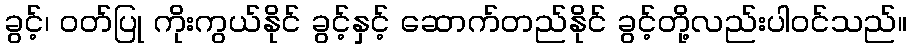
ခွင့်၊ ဝတ်ပြု ကိုးကွယ်နိုင် ခွင့်နှင့် ဆောက်တည်နိုင် ခွင့်တို့လည်းပါဝင်သည်။